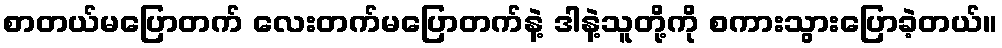
စာတယ်မပြောတက် လေးတက်မပြောတက်နဲ့ ဒါနဲ့သူတို့ကို စကားသွားပြောခဲ့တယ်။